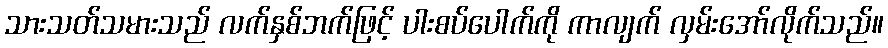
သားသတ်သမားသည် လက်နှစ်ဘက်ဖြင့် ပါးစပ်ပေါက်ကို ကာလျက် လှမ်းအော်လိုက်သည်။